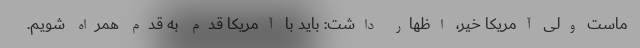
ماست ولی آمریکا خیر، اظهار داشت: باید با آمریکا قدم به قدم همراه شویم.